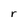
Character: r